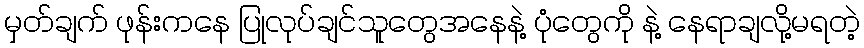
မှတ်ချက် ဖုန်းကနေ ပြုလုပ်ချင်သူတွေအနေနဲ့ ပုံတွေကို နဲ့ နေရာချလို့မရတဲ့